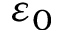
\varepsilon _ { 0 }